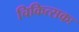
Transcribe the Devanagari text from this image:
चिकित्सकः